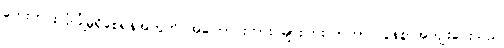
ဘေးကင်းလုံခြုံမှုရှိစေရန်အတွက် အကြောင်းကား များပြားလာကာ လွန်စွာအကျိုးပေးသည်